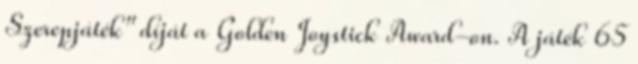
Szerepjáték" díját a Golden Joystick Award-on. A játék 65